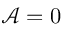
\mathcal { A } = 0